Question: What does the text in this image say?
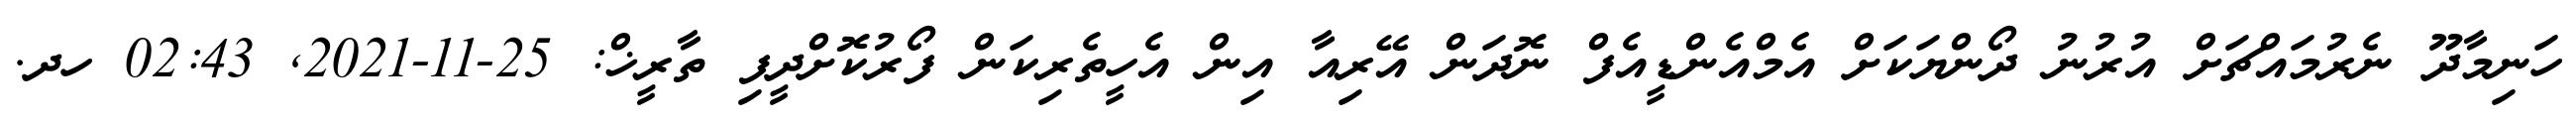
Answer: ހަނިމާދޫ ނެރުމައްޗަށް އުރުނު ދޯންޔަކަށް އެމްއެންޑީއެފް ނޮދަން އޭރިއާ އިން އެހީތެރިކަން ފޯރުކޮށްދީފި ތާރީޚް: 25-11-2021, 02:43 ހދ.